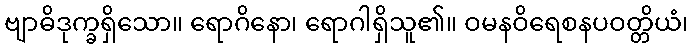
ဗျာဓိဒုက္ခရှိသော။ ရောဂိနော၊ ရောဂါရှိသူ၏။ ဝမနဝိရေစနပဝတ္တိယံ၊